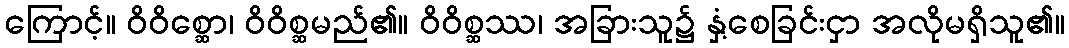
ကြောင့်။ ဝိဝိစ္ဆော၊ ဝိဝိစ္ဆမည်၏။ ဝိဝိစ္ဆဿ၊ အခြားသူ၌ နှံ့စေခြင်းငှာ အလိုမရှိသူ၏။